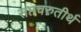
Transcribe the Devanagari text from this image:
सप्तचरुतीर्थ